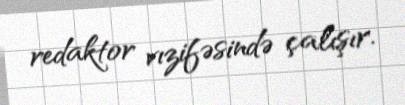
redaktor vızifəsində çalışır.